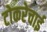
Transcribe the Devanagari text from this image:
टोकरेचाई